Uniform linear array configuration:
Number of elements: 8
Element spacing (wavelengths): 0.25
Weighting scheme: kaiser
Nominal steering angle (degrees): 30
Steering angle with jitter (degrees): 29.783
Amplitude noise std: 0.05
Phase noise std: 0.05

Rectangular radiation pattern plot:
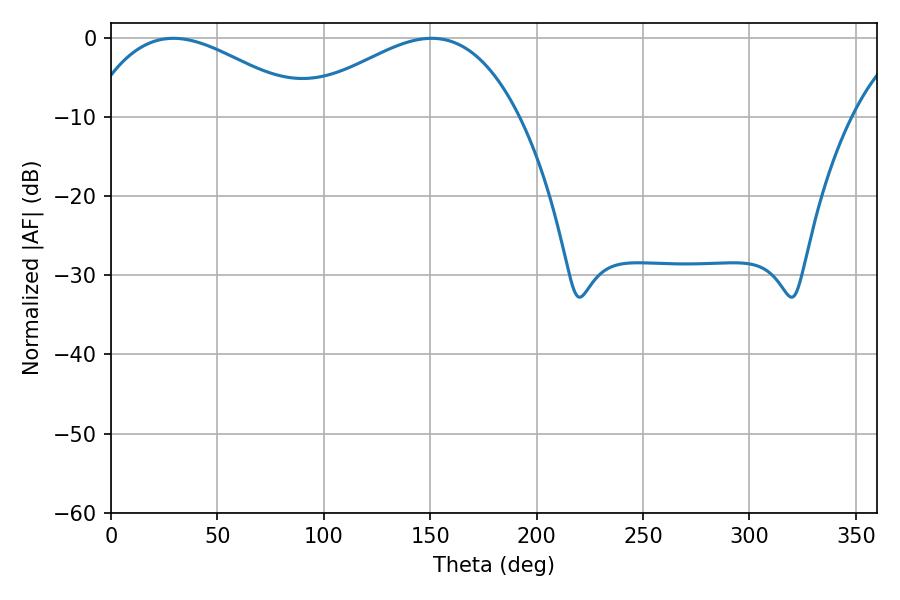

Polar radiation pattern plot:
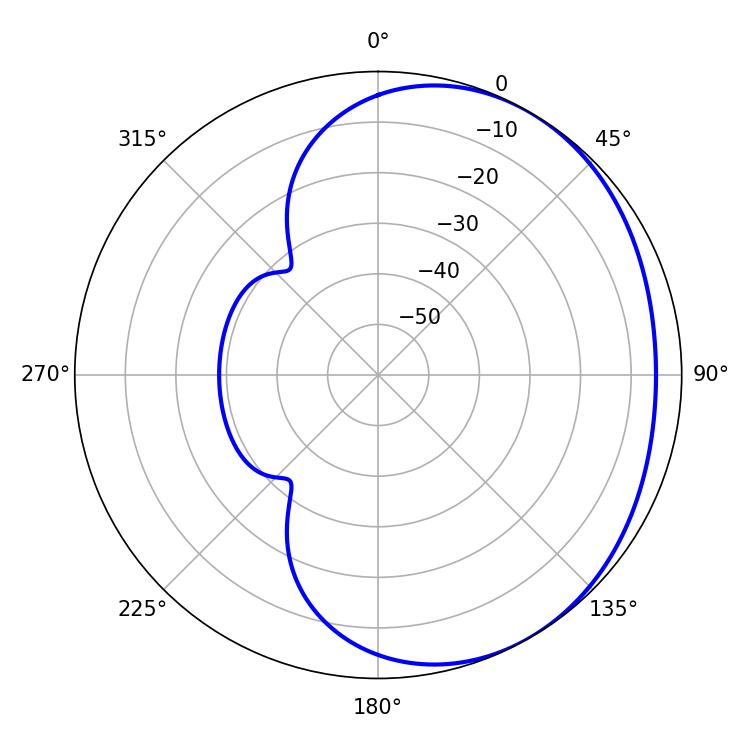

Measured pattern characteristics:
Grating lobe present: FALSE
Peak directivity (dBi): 2.337
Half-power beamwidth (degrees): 56.88
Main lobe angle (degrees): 29.34